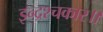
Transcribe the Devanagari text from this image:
इन्द्रश्चकार॥